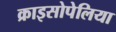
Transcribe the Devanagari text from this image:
क्राइसोपेलिया